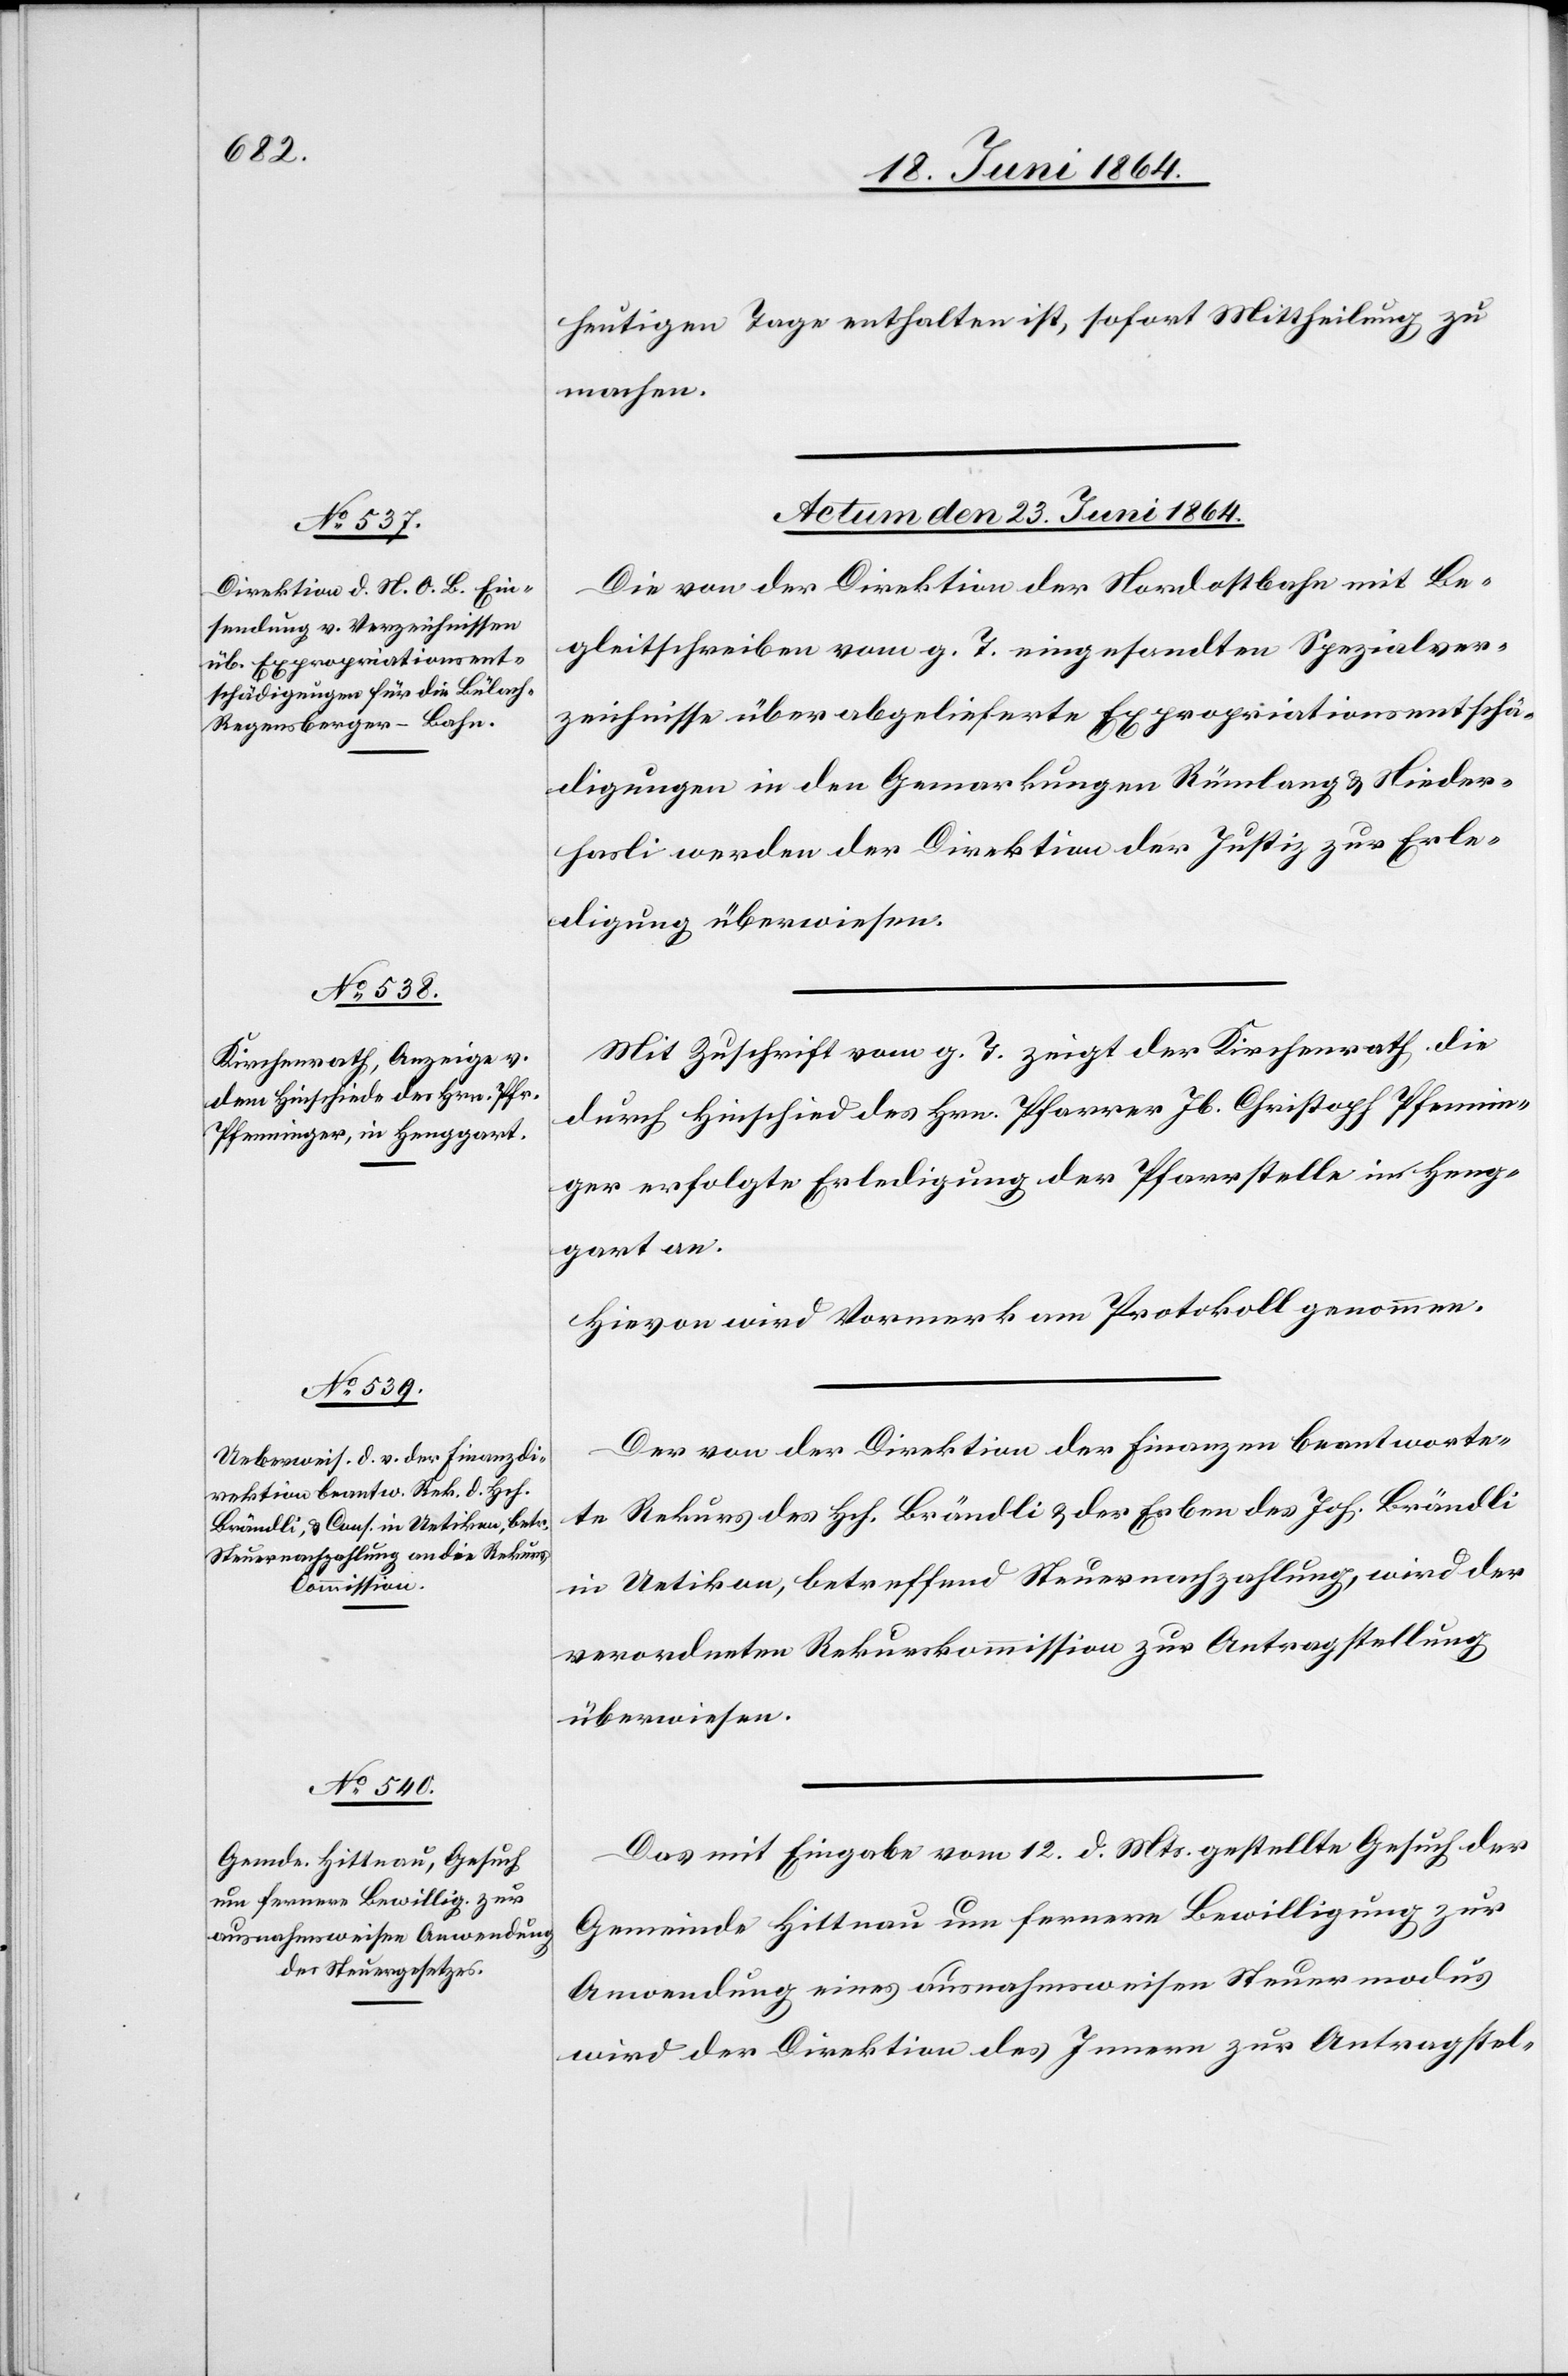
heutigen Tage enthalten ist, sofort Mittheilung zu
machen.
Actum den 23. Juni 1864.]
Die von der Direktion der Nordostbahn mit Be¬
gleitschreiben vom g. T. eingesandten Spezialver¬
zeichnisse über abgelieferte Expropriationsentschä¬
digungen in den Gemarkungen Rümlang u. Nieder¬
hasli werden der Direktion der Justiz zur Erle¬
digung überwiesen.
Mit Zuschrift vom g. T. zeigt der Kirchenrath die
durch Hinschied des Hrn. Pfarrer Jb. Christoph Pfennin¬
ger erfolgte Erledigung der Pfarrstelle in Heng¬
gart an.
Hievon wird Vormerk am Protokoll genommen.
Der von der Direktion der Finanzen beantworte¬
te Rekurs des Hch. Brändli u. der Erben des Joh. Brändli
in Uetikon, betreffend Steuernachzahlung, wird der
verordneten Rekurskommission zur Antragstellung
überwiesen.
Das mit Eingabe vom 12. d. Mts. gestellte Gesuch der
Gemeinde Hittnau um fernere Bewilligung zur
Anwendung eines ausnahmsweisen Steuermodus
wird der Direktion des Innern zur Antragstel-